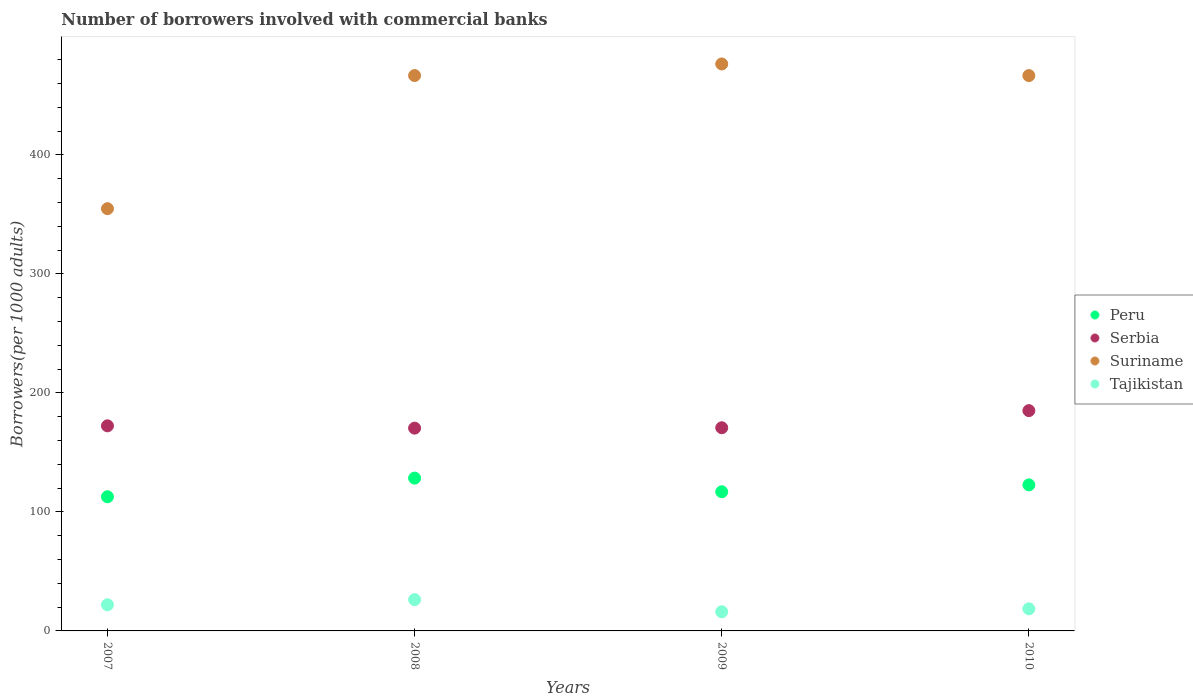
| Years | Peru | Serbia | Suriname | Tajikistan |
 | --- | --- | --- | --- | --- |
 | 2007 | 113 | 172 | 355 | 22 |
 | 2008 | 128 | 170 | 467 | 26.3 |
 | 2009 | 117 | 171 | 476 | 16.1 |
 | 2010 | 123 | 185 | 467 | 18.6 |